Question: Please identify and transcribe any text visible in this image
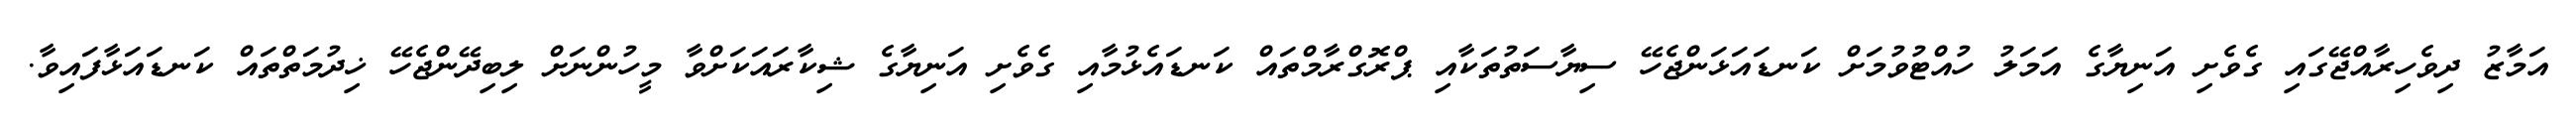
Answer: އަމާޒު ދިވެހިރާއްޖޭގައި ގެވެށި އަނިޔާގެ އަމަލު ހުއްޓުވުމަށް ކަނޑައަޅަންޖެހޭ ސިޔާސަތުތަކާއި ޕްރޮގްރާމްތައް ކަނޑައެޅުމާއި ގެވެށި އަނިޔާގެ ޝިކާރައަކަށްވާ މީހުންނަށް ލިބިދޭންޖެހޭ ޚިދުމަތްތައް ކަނޑައަޅާފައިވާ.